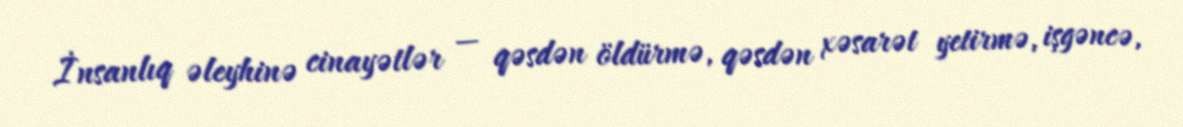
İnsanlıq əleyhinə cinayətlər — qəsdən öldürmə, qəsdən xəsarət yetirmə, işgəncə,